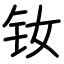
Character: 钕